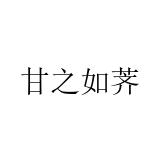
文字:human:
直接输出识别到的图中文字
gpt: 甘之如荠